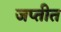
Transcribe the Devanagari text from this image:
जप्तीत